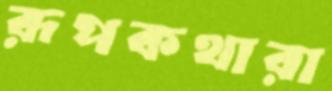
রূপকথারা